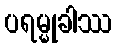
ပရမ္မုခါဿ